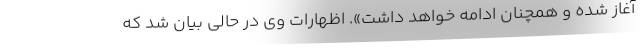
آغاز شده و همچنان ادامه خواهد داشت». اظهارات وی در حالی بیان شد که